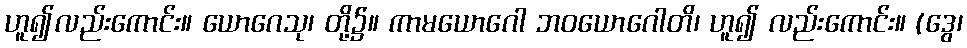
ဟူ၍လည်းကောင်း။ ယောဂေသု၊ တို့၌။ ကာမယောဂေါ ဘဝယောဂေါတိ၊ ဟူ၍ လည်းကောင်း။ (ဒွေ၊